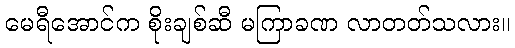
မေရီအောင်က စိုးချစ်ဆီ မကြာခဏ လာတတ်သလား။